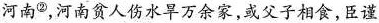
河南^{②}，河南贫人伤水旱万余家，或父子相食，臣谨